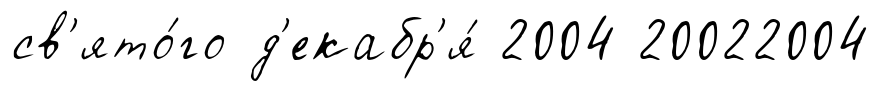
св'ято́го д'екабр'я́ 2004 20022004